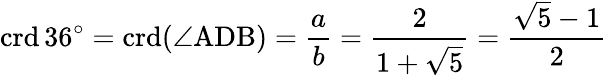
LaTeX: \operatorname{crd}36^{\circ}=\operatorname{crd}(\angle\mathrm{ADB})={\frac{a}{b}}={\frac{2}{1+{\sqrt{5}}}}={\frac{{\sqrt{5}}-1}{2}}